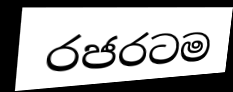
රජරටම